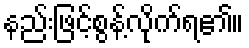
နည်းဖြင့်စွန့်လိုက်ရ၏။